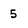
Character: 5